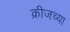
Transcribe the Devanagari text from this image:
क्रीजच्या